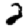
Digit: 2